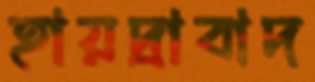
হায়দ্রাবাদ